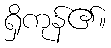
ရှိကုန်၏။